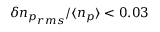
\delta { n _ { p } } _ { r m s } / \langle n _ { p } \rangle < 0 . 0 3